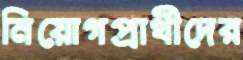
নিয়োগপ্রার্থীদের